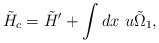
\begin{align*}\tilde{H}_c = \tilde{H}'+ \int dx ~u \tilde{\Omega}_1,\end{align*}